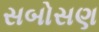
સબોસણ